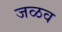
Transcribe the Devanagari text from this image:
जळव